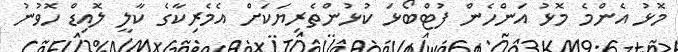
މޮޅު އެންމެ މޮޅު އަންހެން ފުޓްބޯޅަ ކުޅުންތެރިޔަކަށް އެމެރިކާގެ ކާލީ ލޮއިޑް ހޮވުނު